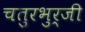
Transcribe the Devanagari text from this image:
चतुरभुर्जी